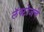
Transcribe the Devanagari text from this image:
लॅक्टोजचे